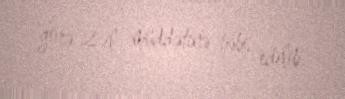
görə 2 il müddətinə həbs edilib.